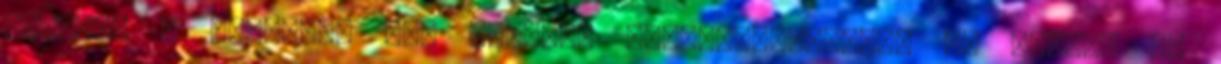
töltés. A hirdetés nem minősül ajánlattételnek. Az eladás és